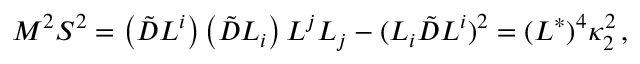
M ^ { 2 } S ^ { 2 } = \left( \tilde { D } L ^ { i } \right) \left( \tilde { D } L _ { i } \right) L ^ { j } L _ { j } - ( L _ { i } \tilde { D } L ^ { i } ) ^ { 2 } = ( L ^ { * } ) ^ { 4 } \kappa _ { 2 } ^ { 2 } \, ,